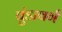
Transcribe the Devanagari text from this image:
बुंडाबर्ग